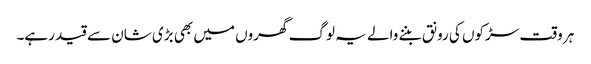
ہر وقت سڑکوں کی رونق بننے والے یہ لوگ گھروں میں بھی بڑی شان سے قید رہے۔